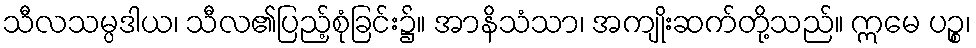
သီလသမ္ပဒါယ၊ သီလ၏ပြည့်စုံခြင်း၌။ အာနိသံသာ၊ အကျိုးဆက်တို့သည်။ ဣမေ ပဉ္စ၊